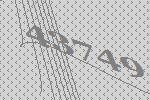
43749